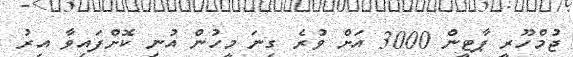
ޖުމްހޫރީ ޕާޓީން 3000 އަށް ވުރެ ގިނަ މީހުން އުނި ކޮށްފައިވާ އިރު